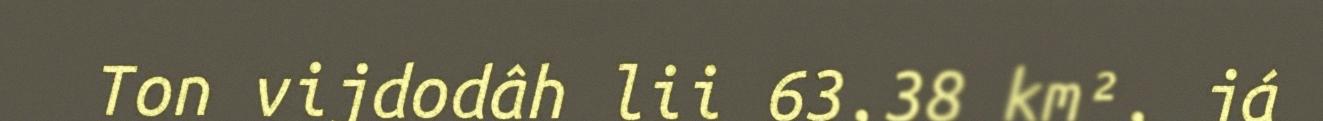
Ton vijdodâh lii 63,38 km², já